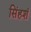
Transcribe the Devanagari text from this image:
सिंहशं